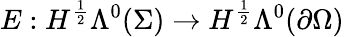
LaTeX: E:H^{\frac{1}{2}}\Lambda^{0}(\Sigma)\to H^{\frac{1}{2}}\Lambda^{0}(\partial\Omega)